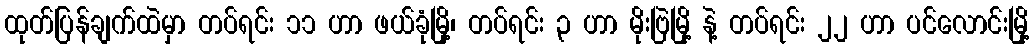
ထုတ်ပြန်ချက်ထဲမှာ တပ်ရင်း ၁၁ ဟာ ဖယ်ခုံမြို့၊ တပ်ရင်း ၃ ဟာ မိုးဗြဲမြို့ နဲ့ တပ်ရင်း ၂၂ ဟာ ပင်လောင်းမြို့